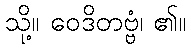
သို့။ ဝေဒိတဗ္ဗံ၊ ၏။